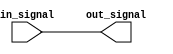
module ecl_buffer (
    input in_signal,
    output reg out_signal
);

assign out_signal = in_signal;

endmodule